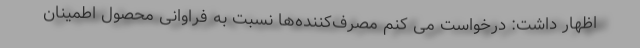
اظهار داشت: درخواست می کنم مصرف‌کننده‌ها نسبت به فراوانی محصول اطمینان